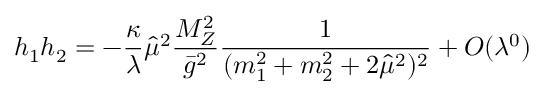
h _ { 1 } h _ { 2 } = - \frac { \kappa } { \lambda } \hat { \mu } ^ { 2 } \frac { M _ { Z } ^ { 2 } } { \bar { g } ^ { 2 } } \frac { 1 } { ( m _ { 1 } ^ { 2 } + m _ { 2 } ^ { 2 } + 2 \hat { \mu } ^ { 2 } ) ^ { 2 } } + O ( \lambda ^ { 0 } )